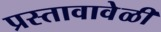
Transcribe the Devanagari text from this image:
प्रस्तावावेळी